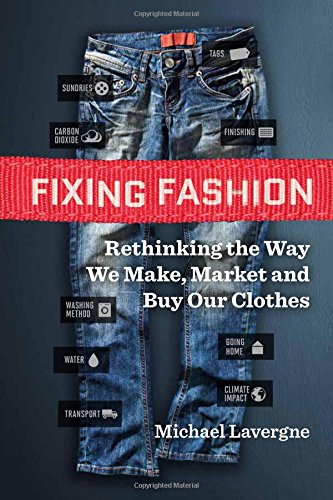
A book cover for Fixing Fashion: Rethinking the Way We Make, Market and Buy Our Clothes; Michael Lavergne; Business & Money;